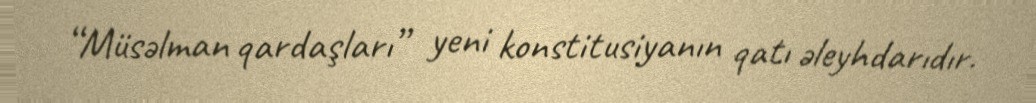
“Müsəlman qardaşları” yeni konstitusiyanın qatı əleyhdarıdır.